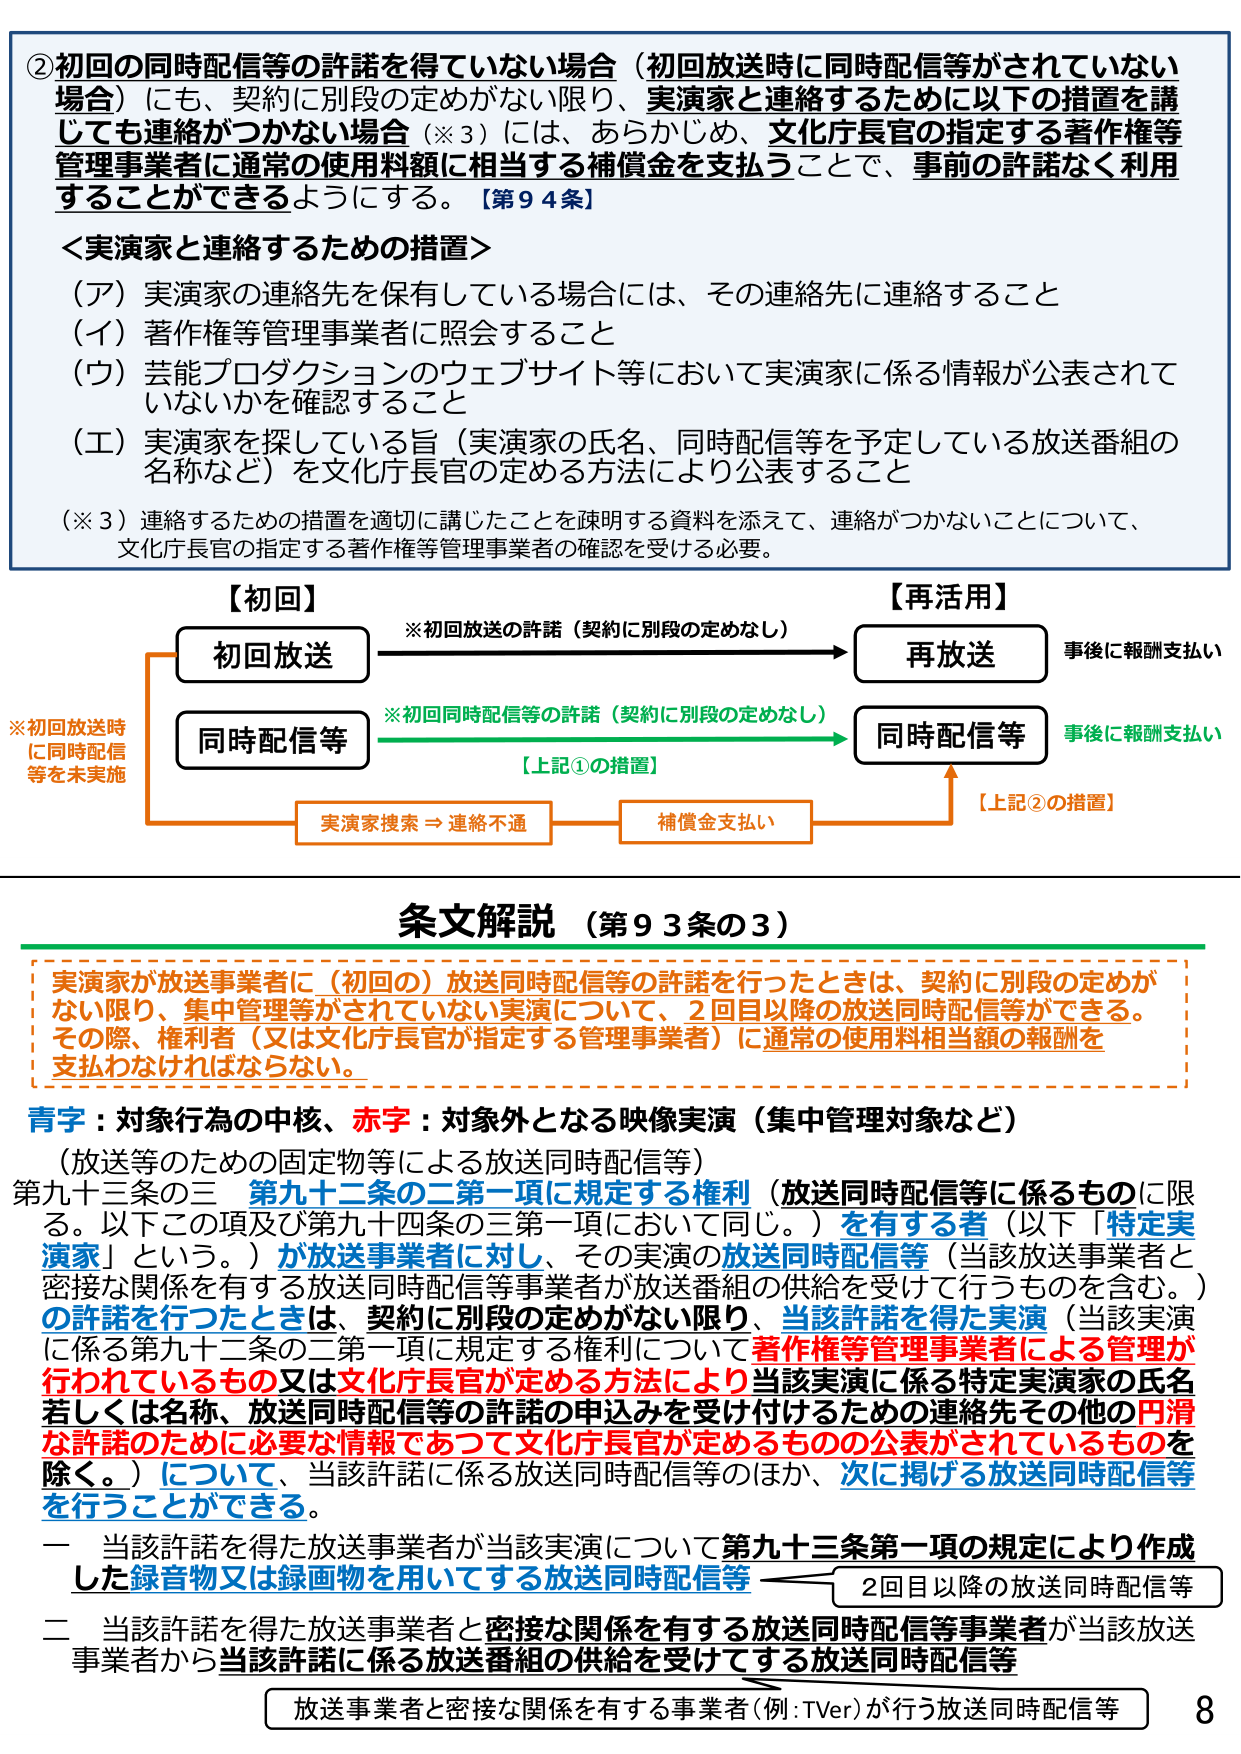
②初回の同時配信等の許諾を得ていない場合（初回放送時に同時配信等がされていない場合）にも、契約に別段の定めがない限り、実演家と連絡するために以下の措置を講じても連絡がつかない場合（※3）には、あらかじめ、文化庁長官の指定する著作権等管理事業者に通常の使用料額に相当する補償金を支払うことで、事前の許諾なく利用することができるようにする。【第94条】

＜実演家と連絡するための措置＞
（ア）実演家の連絡先を保有している場合には、その連絡先に連絡すること
（イ）著作権等管理事業者に照会すること
（ウ）芸能プロダクションのウェブサイト等において実演家に係る情報が公表されていないかを確認すること
（エ）実演家を探している旨（実演家の氏名、同時配信等を予定している放送番組の名称など）を文化庁長官の定める方法により公表すること

（※3）連絡するための措置を適切に講じたことを疎明する資料を添えて、連絡がつかないことについて、文化庁長官の指定する著作権等管理事業者の確認を受ける必要。

【初回】
初回放送
※初回放送の許諾（契約に別段の定めなし）
→ 再放送
事後に報酬支払い

同時配信等
※初回同時配信等の許諾（契約に別段の定めなし）
→ 同時配信等
事後に報酬支払い

※初回放送時に同時配信等を未実施
実演家探索 → 連絡不通
→ 補償金支払い
【上記①の措置】
【上記②の措置】

【再活用】

条文解説（第93条の3）

実演家が放送事業者に（初回の）放送同時配信等の許諾を行ったときは、契約に別段の定めがない限り、集中管理等がされていない実演について、2回目以降の放送同時配信等ができる。その際、権利者（又は文化庁長官が指定する管理事業者）に通常の使用料相当額の報酬を支払わなければならない。

青字：対象行為の中核、赤字：対象外となる映像実演（集中管理対象など）
（放送等のための固定物等による放送同時配信等）

第九十三条の三 第九十二条の二第一項に規定する権利（放送同時配信等に係るものに限る。以下この項及び第九十四条の三第一項において同じ。）を有する者（以下「特定実演家」という。）が放送事業者に対し、その実演の放送同時配信等（当該放送事業者と密接な関係を有する放送同時配信等事業者が放送番組の供給を受けて行うものを含む。）の許諾を行ったときは、契約に別段の定めがない限り、当該許諾を得た実演（当該実演に係る第九十二条の二第一項に規定する権利について著作権等管理事業者による管理が行われているもの又は文化庁長官が定める方法により当該実演に係る特定実演家の氏名若しくは名称、放送同時配信等の許諾の申込みを受け付けるための連絡先その他の円滑な許諾のために必要な情報であつて文化庁長官が定めるものの公表がされているものを除く。）について、当該許諾に係る放送同時配信等のほか、次に掲げる放送同時配信等を行うことができる。

一 当該許諾を得た放送事業者が当該実演について第九十三条第一項の規定により作成した録音物又は録画物を用いてする放送同時配信等
二 当該許諾を得た放送事業者と密接な関係を有する放送同時配信等事業者が当該放送事業者から当該許諾に係る放送番組の供給を受けてする放送同時配信等

2回目以降の放送同時配信等
放送事業者と密接な関係を有する事業者（例：TVer）が行う放送同時配信等

8